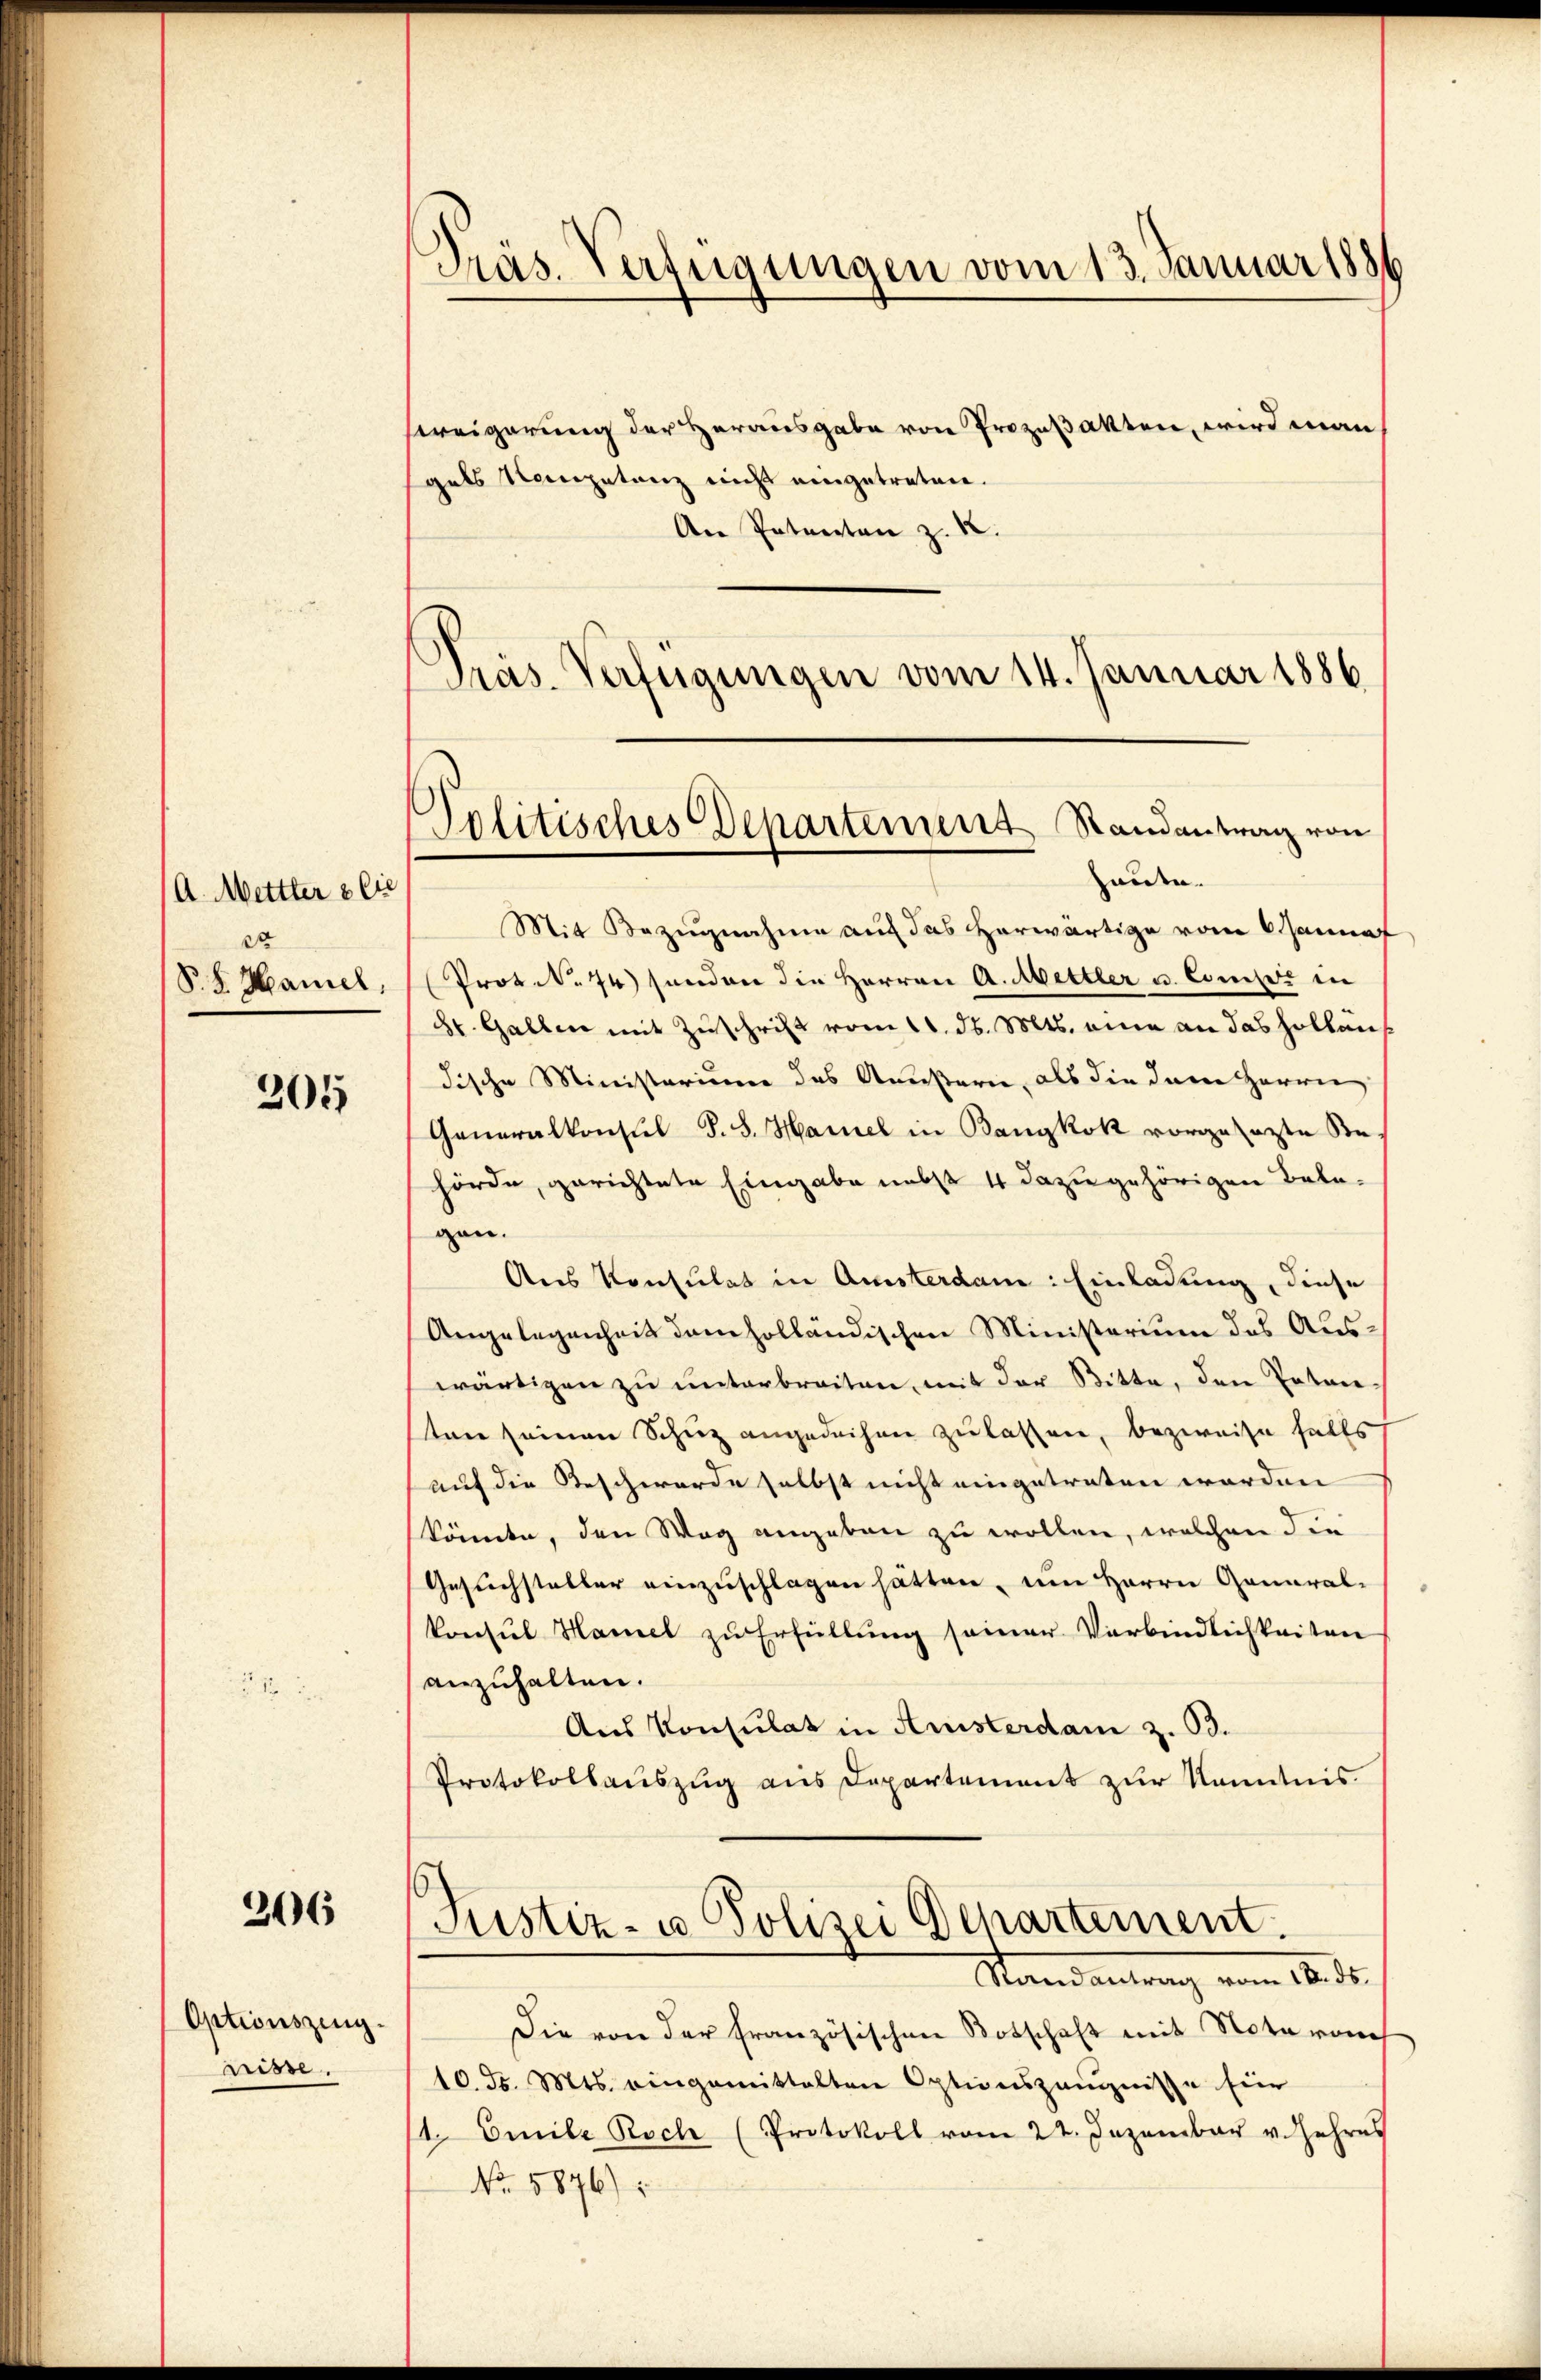
A. Mettter & Cie
2
P.S. Maniel,

205

206

Optionszing.
nisse.

Präs. Verfügungen vom 13. Januar 1886

weigerung der Herausgabe von Prozeßakten, wird man
gals Kompetanz nicht eingetreten.
An Petenten z. 12.
Präs. Verfügungen vom 14. Januar 1886
Mit Bezugnahme auf das herwärtige vom 6 Jannaf
Prot. N. 74 senden die Herren A. Mettler u. Conser in
8t. Gallen mit Zuschrift vom 11. d. Mts. eine an das Hollaus
dische Ministerium des Ansterie, als die dem Herren
Generalkonsul S. S. Hamuel in Bangkok vorgesezte Behörde, gerichtete Eingabe nebst 4 dazugehörigen Belegen.
Aus Konsulat in Amsterdam: Einladung, diese
Angelegenheit dem holländischen Ministerium des Aus-
wärtigen zu unterbreiten, mit der Bitte, den Poten-
ten seinen Schuz angedeihen zu lassen, bezweife falls
auf die Beschwerde selbst nicht eingetreten worden
könnte, den Weg angeben zu wollen, welchen die
Gesuchsteller einzuschlagen hätten, um Herrn General-
konsul Hamel zu Erfüllung seiner Verbindlichkeiten
anzuhalten.
Aus Konsulat in Aristerdam z. B.
Protokollauszug aus Departement zur Kenntnis
Justiz- u Polizei Departement.
Standeutung vom 18. ds.
Die von der französischen Botschaft mit Notaroch
10. d. Mts. eingemittelten Optionszängnisse für
11. Emile Roch (Protokoll vom 22. Jezember v. Jahres
No. 5876):

Politisches Departement Randantrag von
haute.